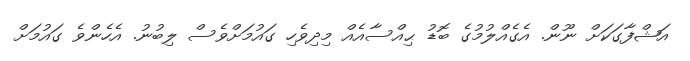
އަޝްފާގަކަށް ނޫން. އެގެއްލުމުގެ ބޮޑު ޙިއްސާއެއް މިދިވެހި ގައުމަށްވެސް ލިބުނު. އެހެންވެ ގައުމަށް